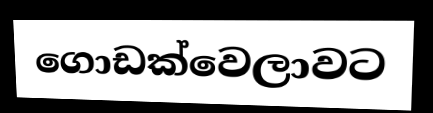
ගොඩක්වෙලාවට